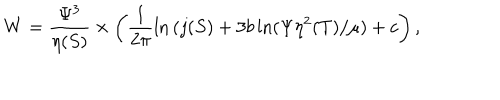
W = \frac { \Psi ^ { 3 } } { \eta ( S ) } \times \left( \frac { 1 } { 2 \pi } { \ln { ( j ( S ) } } + 3 b \ln ( \Psi \eta ^ { 2 } ( T ) / \mu ) + c \right) ,